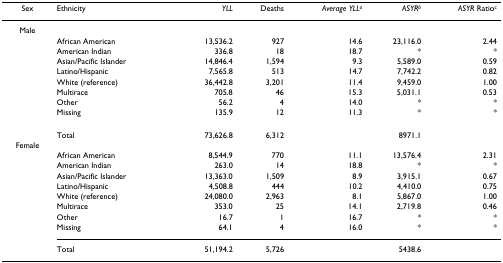
<table><thead><tr><td><b>Sex</b></td><td><b>Ethnicity</b></td><td><b><i>YLL</i></b></td><td><b>Deaths</b></td><td><b><i>Average YLL</i><sup><i>a</i></sup></b></td><td><b><i>ASYR</i><sup><i>b</i></sup></b></td><td><b><i>ASYR </i>Ratio<sup>c</sup></b></td></tr></thead><tbody><tr><td>Male</td><td></td><td></td><td></td><td></td><td></td><td></td></tr><tr><td></td><td>African American</td><td>13,536.2</td><td>927</td><td>14.6</td><td>23,116.0</td><td>2.44</td></tr><tr><td></td><td>American Indian</td><td>336.8</td><td>18</td><td>18.7</td><td>*</td><td>*</td></tr><tr><td></td><td>Asian/Pacific Islander</td><td>14,846.4</td><td>1,594</td><td>9.3</td><td>5,589.0</td><td>0.59</td></tr><tr><td></td><td>Latino/Hispanic</td><td>7,565.8</td><td>513</td><td>14.7</td><td>7,742.2</td><td>0.82</td></tr><tr><td></td><td>White (reference)</td><td>36,442.8</td><td>3,201</td><td>11.4</td><td>9,459.0</td><td>1.00</td></tr><tr><td></td><td>Multirace</td><td>705.8</td><td>46</td><td>15.3</td><td>5,031.1</td><td>0.53</td></tr><tr><td></td><td>Other</td><td>56.2</td><td>4</td><td>14.0</td><td>*</td><td>*</td></tr><tr><td></td><td>Missing</td><td>135.9</td><td>12</td><td>11.3</td><td>*</td><td>*</td></tr><tr><td></td><td>Total</td><td>73,626.8</td><td>6,312</td><td></td><td>8971.1</td><td></td></tr><tr><td>Female</td><td></td><td></td><td></td><td></td><td></td><td></td></tr><tr><td></td><td>African American</td><td>8,544.9</td><td>770</td><td>11.1</td><td>13,576.4</td><td>2.31</td></tr><tr><td></td><td>American Indian</td><td>263.0</td><td>14</td><td>18.8</td><td>*</td><td>*</td></tr><tr><td></td><td>Asian/Pacific Islander</td><td>13,363.0</td><td>1,509</td><td>8.9</td><td>3,915.1</td><td>0.67</td></tr><tr><td></td><td>Latino/Hispanic</td><td>4,508.8</td><td>444</td><td>10.2</td><td>4,410.0</td><td>0.75</td></tr><tr><td></td><td>White (reference)</td><td>24,080.0</td><td>2,963</td><td>8.1</td><td>5,867.0</td><td>1.00</td></tr><tr><td></td><td>Multirace</td><td>353.0</td><td>25</td><td>14.1</td><td>2,719.8</td><td>0.46</td></tr><tr><td></td><td>Other</td><td>16.7</td><td>1</td><td>16.7</td><td>*</td><td>*</td></tr><tr><td></td><td>Missing</td><td>64.1</td><td>4</td><td>16.0</td><td>*</td><td>*</td></tr><tr><td></td><td>Total</td><td>51,194.2</td><td>5,726</td><td></td><td>5438.6</td><td></td></tr></tbody></table>